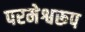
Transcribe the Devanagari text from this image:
परमेश्वरूप